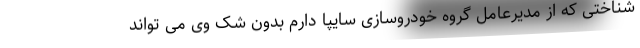
شناختی که از مدیرعامل گروه خودروسازی سایپا دارم بدون شک وی می تواند